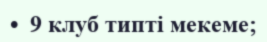
•  9 клуб типті мекеме;